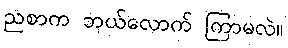
ညစာက ဘယ်လောက် ကြာမလဲ။